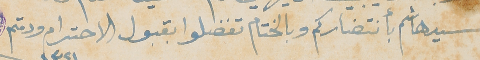
السيد هاشم بأنتضاركم وبالختام تفضلوا بقبول الاحترام ودمتم